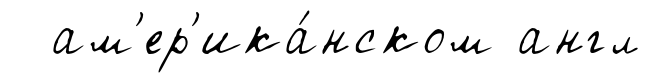
ам'ер'ика́нском англ